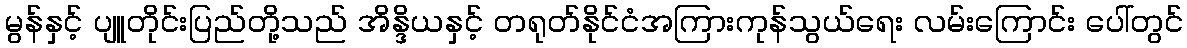
မွန်နှင့် ပျူတိုင်းပြည်တို့သည် အိန္ဒိယနှင့် တရုတ်နိုင်ငံအကြားကုန်သွယ်ရေး လမ်းကြောင်း ပေါ်တွင်